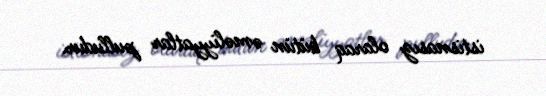
istisnasız olaraq bütün əməliyyatlar pulludur.